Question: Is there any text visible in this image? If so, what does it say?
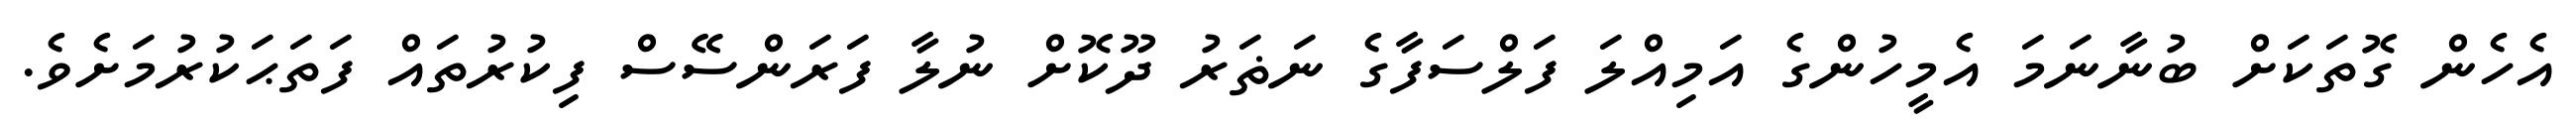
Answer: އެހެން ގޮތަކަށް ބުނާނަމަ އެމީހުންގެ އަމިއްލަ ފަލްސަފާގެ ނަޡަރު ދޫކޮށް ނުލާ ފަރަންސޭސް ފިކުރުތައް ފަތަޙަކުރުމަށެވެ.